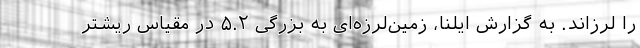
را لرزاند. به گزارش ایلنا، زمین‌لرزه‌ای به بزرگی ۵.۲ در مقیاس ریشتر